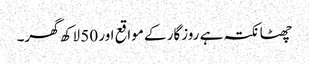
چھٹا نکتہ ہے روزگار کے مواقع اور 50 لاکھ گھر۔